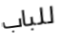
للباب